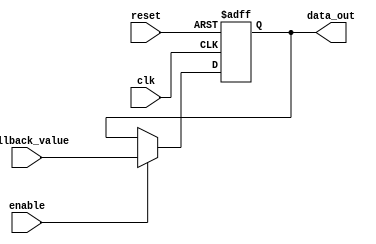
module fallback_bypass_register(
    input wire clk,
    input wire reset,
    input wire enable,
    input wire [7:0] fallback_value,
    output reg [7:0] data_out
);

reg [7:0] reg_value;

always @(posedge clk or posedge reset) begin
    if (reset) begin
        reg_value <= 8'b0;
    end 
    else if (enable) begin
        reg_value <= fallback_value;
    end 
end

assign data_out = reg_value;

endmodule